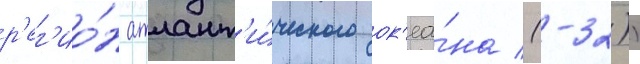
р'ег'ио́н атлант'и́ческого ок'еа́на (-32))